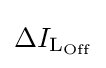
\Delta I_{{\text{L}}_{\text{Off}}}